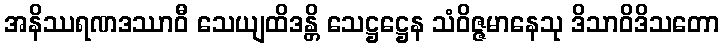
အနိဿရဏဒဿာဝီ သေယျထိဒန္တိ သေဋ္ဌဋ္ဌေန သံဝိဇ္ဇမာနေသု ဒိသာဝိဒိသတော